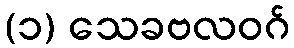
(၁) သေခဗလဝဂ်